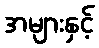
အများနှင့်